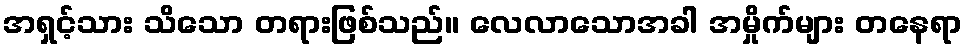
အရှင့်သား သိသော တရားဖြစ်သည်။ လေလာသောအခါ အမှိုက်များ တနေရာ